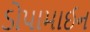
ડોપામાઈન